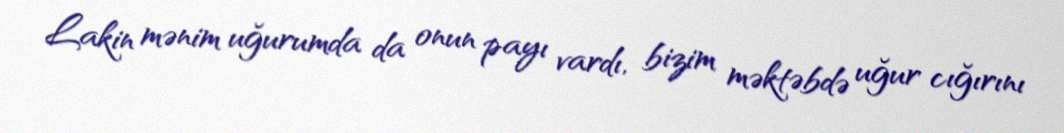
Lakin mənim uğurumda da onun payı vardı, bizim məktəbdə uğur cığırını